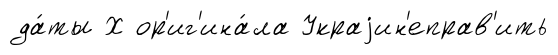
да́ты Х ор'иг'ина́ла Украjин'еправ'ить